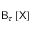
\mathsf { B } _ { \tau } \left[ \mathsf { X } \right]